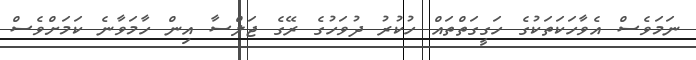
ނަމަވެސް އެވާހަކަތަކުގެ ހަގީގަތްތައް ހުކުރު ދުވަހުގެ ރޭގެ ޖަލްސާ އިން ހާމަވާނެ ކަަމަށްވެސް